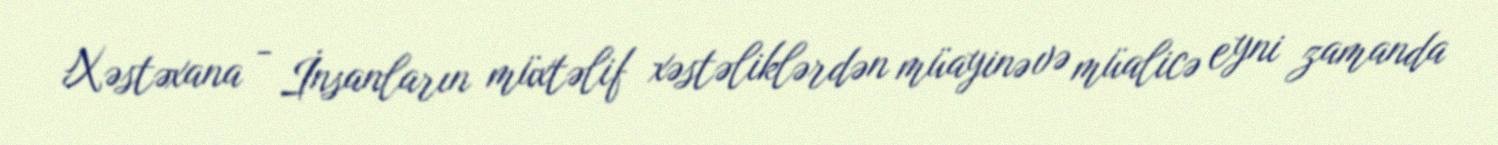
Xəstəxana - İnsanların müxtəlif xəstəliklərdən müayinə və müalicə eyni zamanda